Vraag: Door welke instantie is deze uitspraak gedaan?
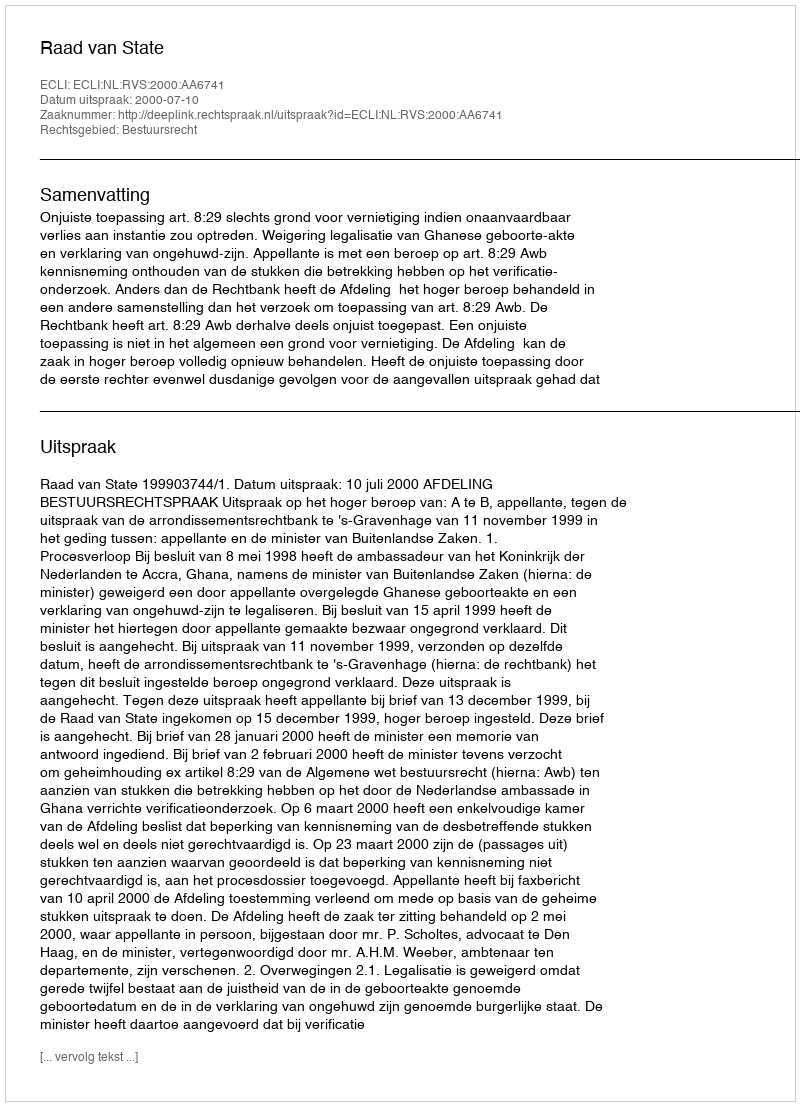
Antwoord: Raad van State